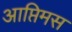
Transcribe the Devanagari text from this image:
आप्तिमस